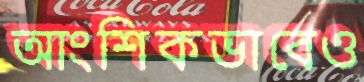
আংশিকভাবেও